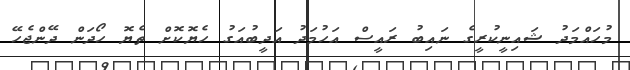
މުހައްމަދު ޝައިނީކުރީގެ ނައިބު ރައީސް އަހުމަދު އަދީބުއަގު ހެޔޮކޮށް ތެޔޮ ހޯދަން ދޭންޖެހޭ